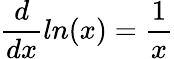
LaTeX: \frac{d}{dx}ln(x)=\frac{1}{x}